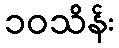
၁၀သိန်း